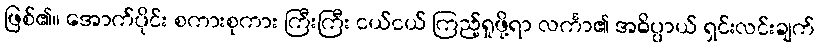
ဖြစ်၏။ အောက်ပိုင်း စကားစုကား ကြီးကြီး ငယ်ငယ် ကြည့်ရှုဖို့ရာ လင်္ကာ၏ အဓိပ္ပာယ် ရှင်းလင်းချက်